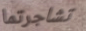
تشاجرتما